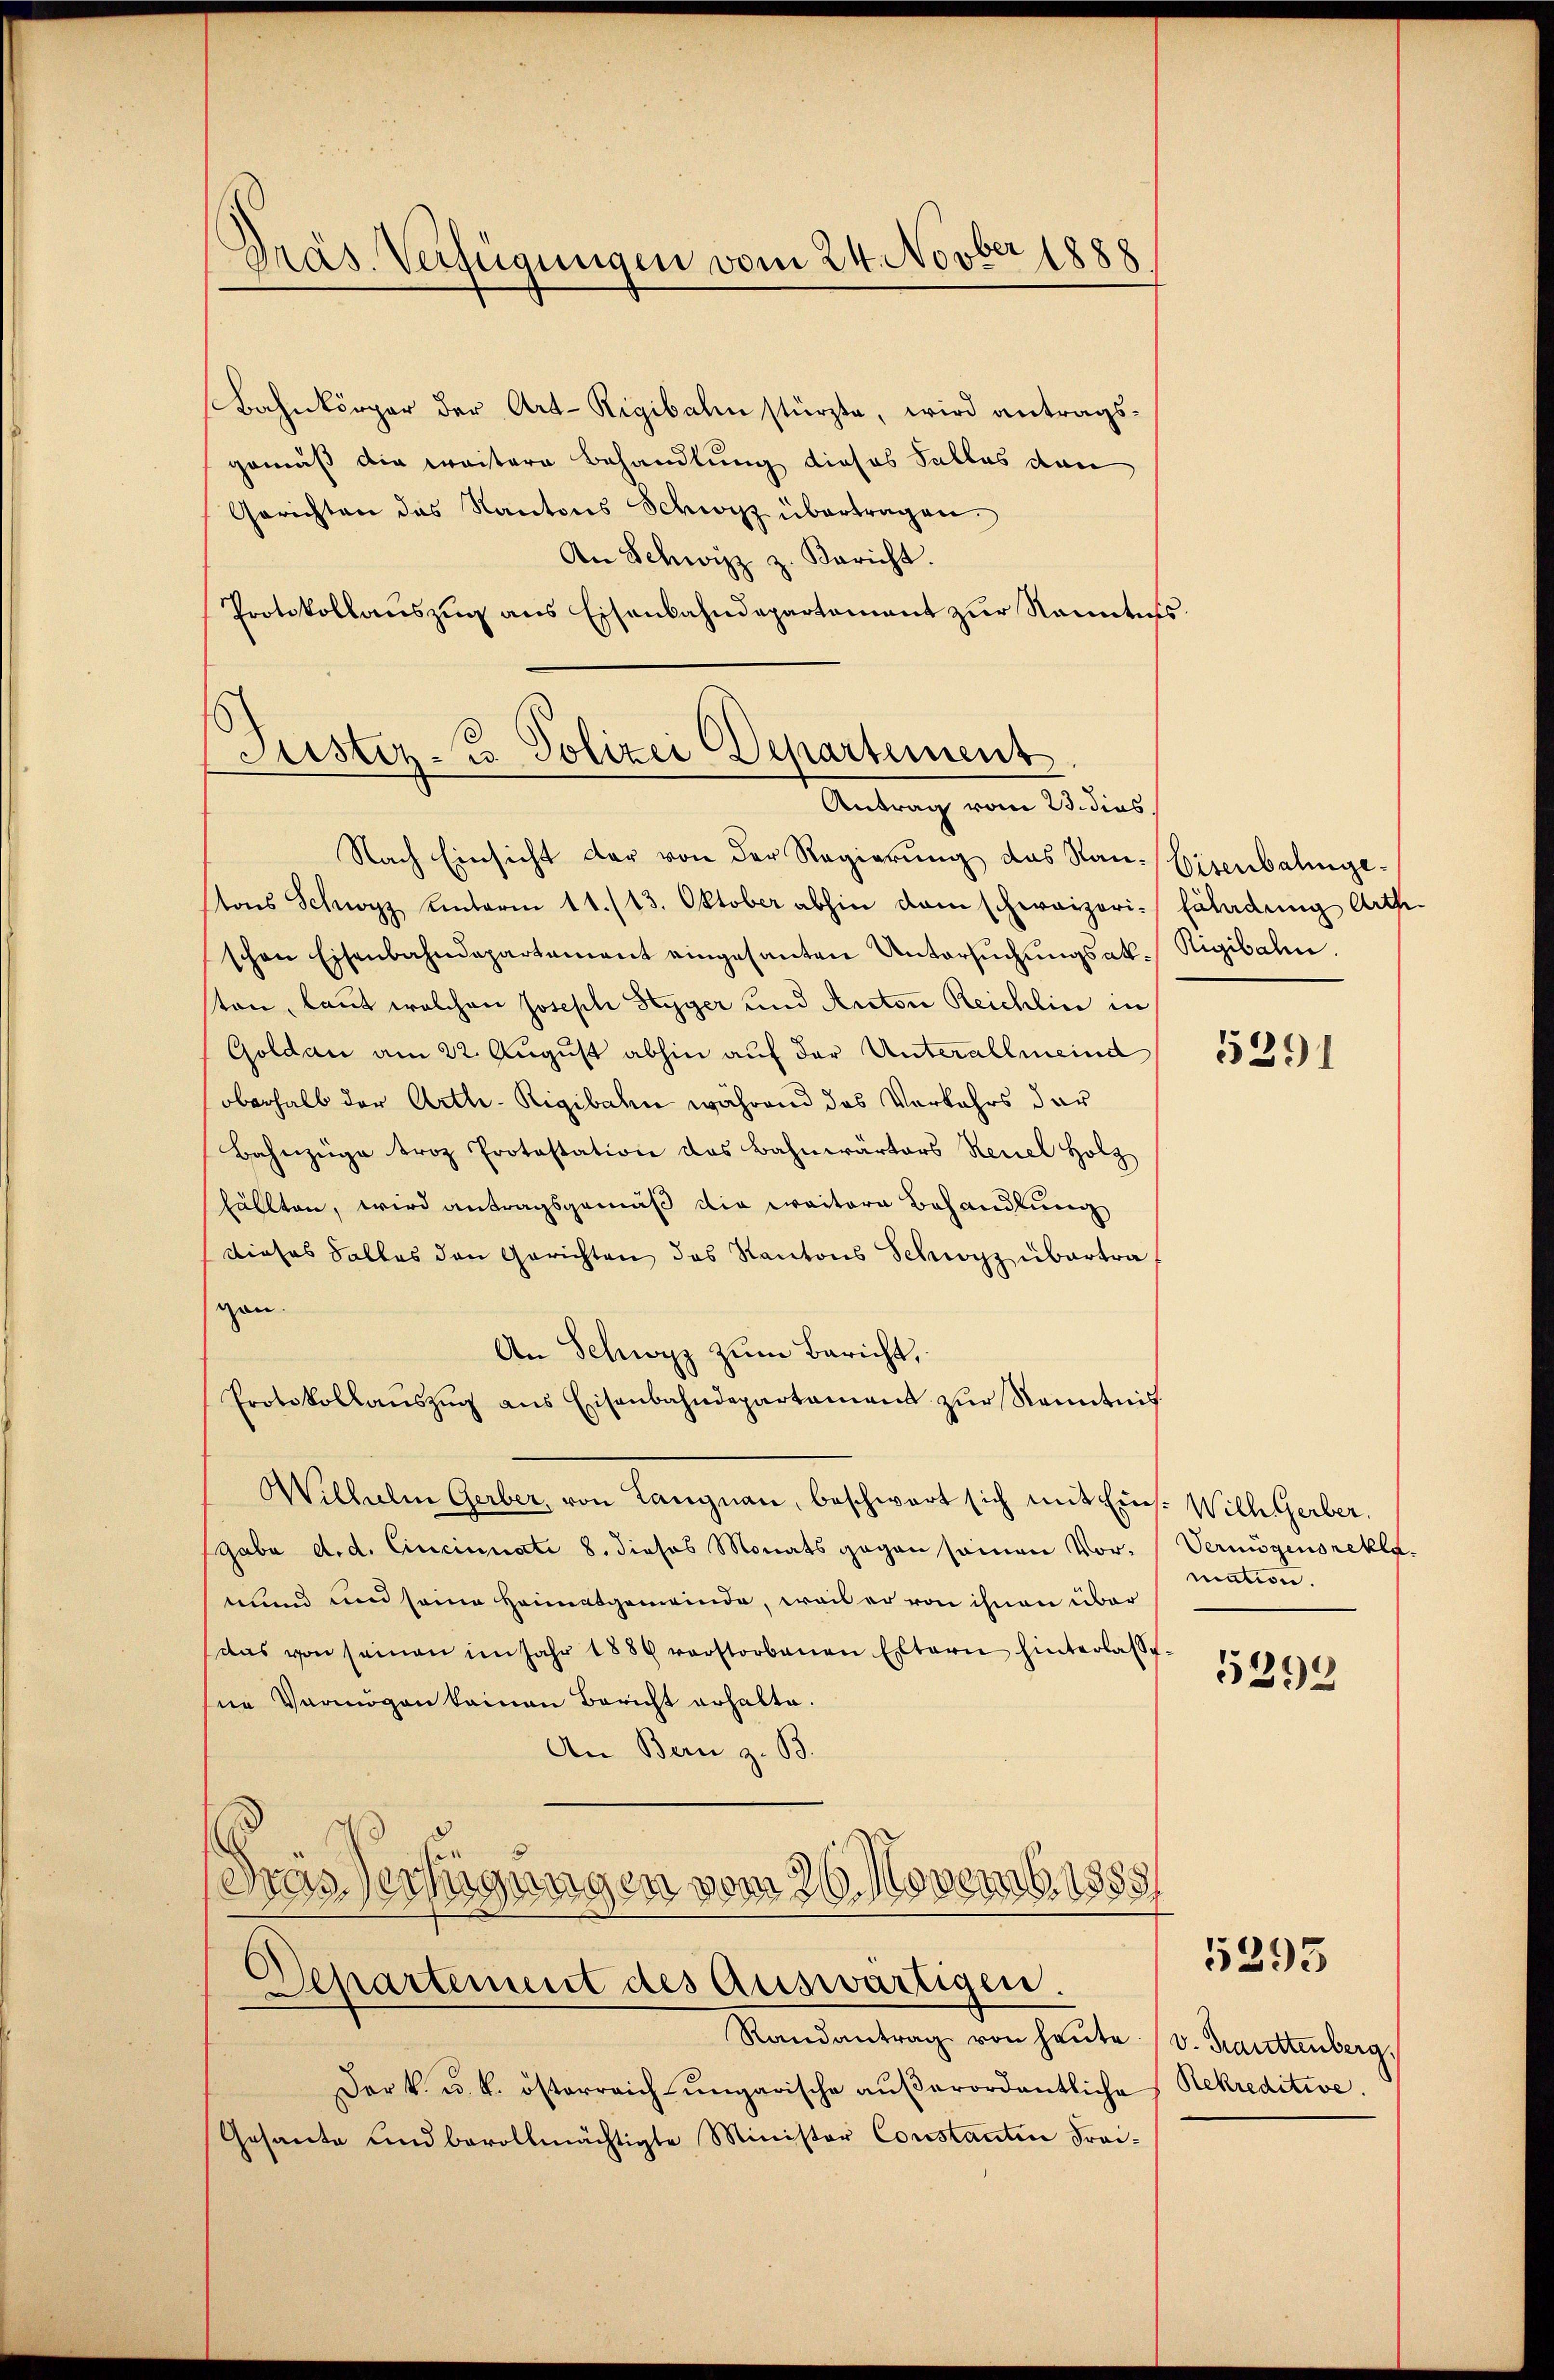
.
Gräs. Verfügungen vom 24. Novber 1888

Bahnkörper der Art-Rigibalen stürzte, wird antragsgemäß die weitere Behandlung dieses Salles den
Gerichten das Kantons Schwyz übertragen.
An Schwyz z. Bericht.
Protokollauszug aus Eisenbahndepartement zur Kenntnis

Justiz - Polizei Departement
Antrag vom 23. dies

Nach Einsicht der von der Regierung des San. Eisenbalingetons Schwyz unterm 11./13. Oktober abhin dem schweizeri-Fäladung Arth-
schen Eisenbahndepartement eingesanten Untersŭchŭngsak. Rigibahn.
ton, laut welchen Joseph Styger und Anton Reichlin in
Goldau am 22. August abhin auf der Unterallmeind
oberhalb der Arth-Rigibahn während das Verkehrs dar
Bahnzüge troz Protestation des Bahnwärters Reuel Holz
fällten, wird antragsgemäß die weitere Behandlung
Dieses Salles den Gerichten das Kantons Schwyz übertragen.
An Schwyz zum Bericht,
Protokollaŭszŭg ans Eisenbahndepartament zŭr Kenntnis
Wilhelm Gerber, von Langnau, beschwart sich mit Eins. Wilh. Gerber,
gabe d. d. Cincinnate 8. dieses Monats gegen samen Vor- Vermögensrekla
mund und seine Heimatgemeinde, weis er von ihnen über
das von seinen im Jahr 1884 verstorbenen Eltern hinterlasse-
ne Vermögen keinen Bericht erhalte.
An Bern z. B.
Dras Verfügungen vom 26. Novemb. 1855
Departement des Auswärtigen.
Randantrag von heute (v. Hauttenberg,
Der k. u. k. österreichŭngarische aŭβerordentliche Rekreditive.
Gesante und bevollmächtigte Minister Constanten Frei-

5291

mation.

5398

5393